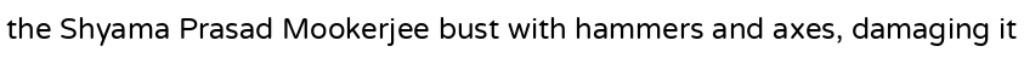
the Shyama Prasad Mookerjee bust with hammers and axes, damaging it